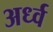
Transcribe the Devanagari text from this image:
अर्ध्व